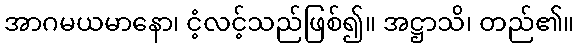
အာဂမယမာနော၊ ငံ့လင့်သည်ဖြစ်၍။ အဋ္ဌာသိ၊ တည်၏။